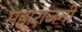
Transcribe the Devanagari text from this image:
महाराजनी